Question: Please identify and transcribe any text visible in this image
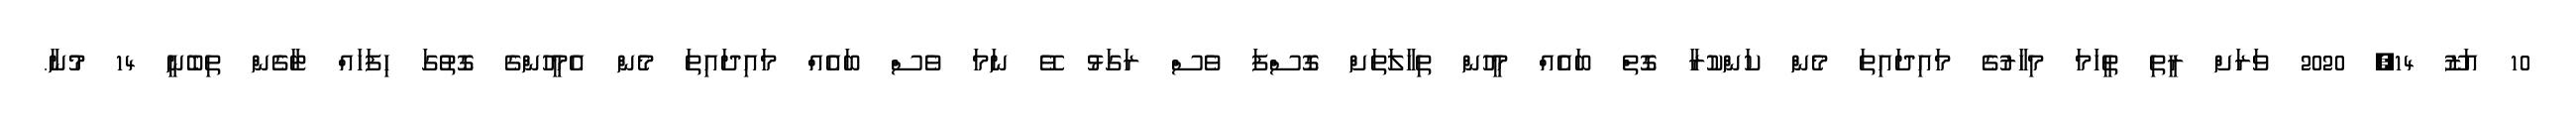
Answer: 10 އަޒޫ 14, 2020 ވަރަށް ރީތި ތީހަމަ މިހާރުގެ މައިދައިތަ މެން ކަންކުރާ ގޮތް ބައެއް މީހުން ތިހާލަތަށް ގޮސްފަ ވެސް ރަގަޅު ވޭ ނަމަ ވެސް ބައެއް މައިދައިތަ މެން އެމީހުންގެ ގޮތުގަ ހިފަހައް ޓާގެން ތިބެނީ 14 މުނާ.